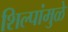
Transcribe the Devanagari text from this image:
शिल्पांमुळे